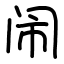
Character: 闹